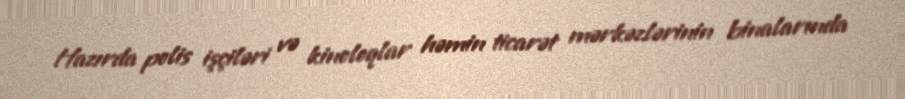
Hazırda polis işçiləri və kinoloqlar həmin ticarət mərkəzlərinin binalarında